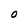
Character: O